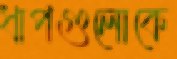
ধাপগুলোকে